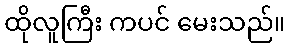
ထိုလူကြီး ကပင် မေးသည်။